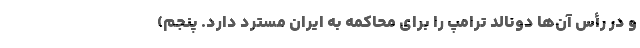
و در رأس آن‌ها دونالد ترامپ را برای محاکمه به ایران مسترد دارد. پنجم)